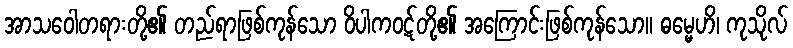
အာသဝေါတရားတို့၏ တည်ရာဖြစ်ကုန်သော ဝိပါကဝဋ်တို့၏ အကြောင်းဖြစ်ကုန်သော။ ဓမ္မေဟိ၊ ကုသိုလ်